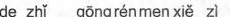
de zhǐ göngrénmen xi zi